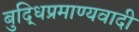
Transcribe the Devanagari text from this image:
बुद्धिप्रमाण्यवादी